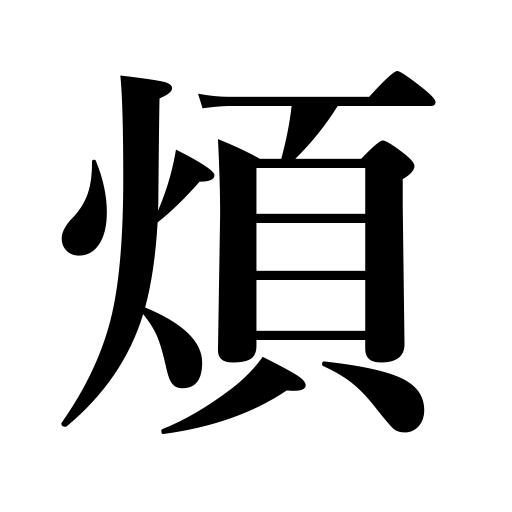
Meanings: trouble,keep someone busy,worry,be ill,be troubled,disturb,be afflicted,annoy,be in pain